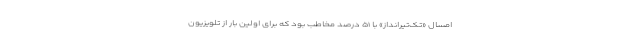
امسال «تک‌تیرانداز» با ۵۱ درصد مخاطب بود که برای اولین بار از تلویزیون